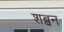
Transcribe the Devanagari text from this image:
शब्बन